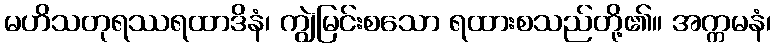
မဟိသတုရဿရထာဒိနံ၊ ကျွဲမြင်းစသော ရထားစသည်တို့၏။ အက္ကမနံ၊